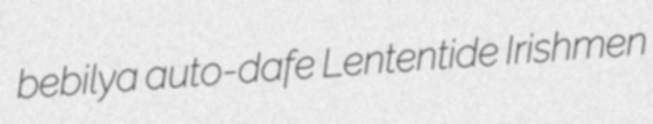
bebilya auto-dafe Lententide Irishmen